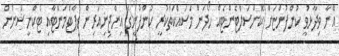
އޭނާ ވިދާޅުވީ ކުންފުންޏަށް ކޮންސަލްޓެންޓެއް ހޯދަން މަސައްކަތްކުރީ ކުންފުނީގެ އިންޖިނިއަރިން ޑިޕާޓްމަންޓާއި ޓެކްނީޝަނުން